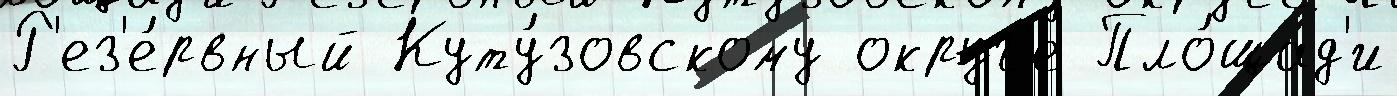
Р'ез'е́рвный Куту́зовскому округ'е Пло́щад'и